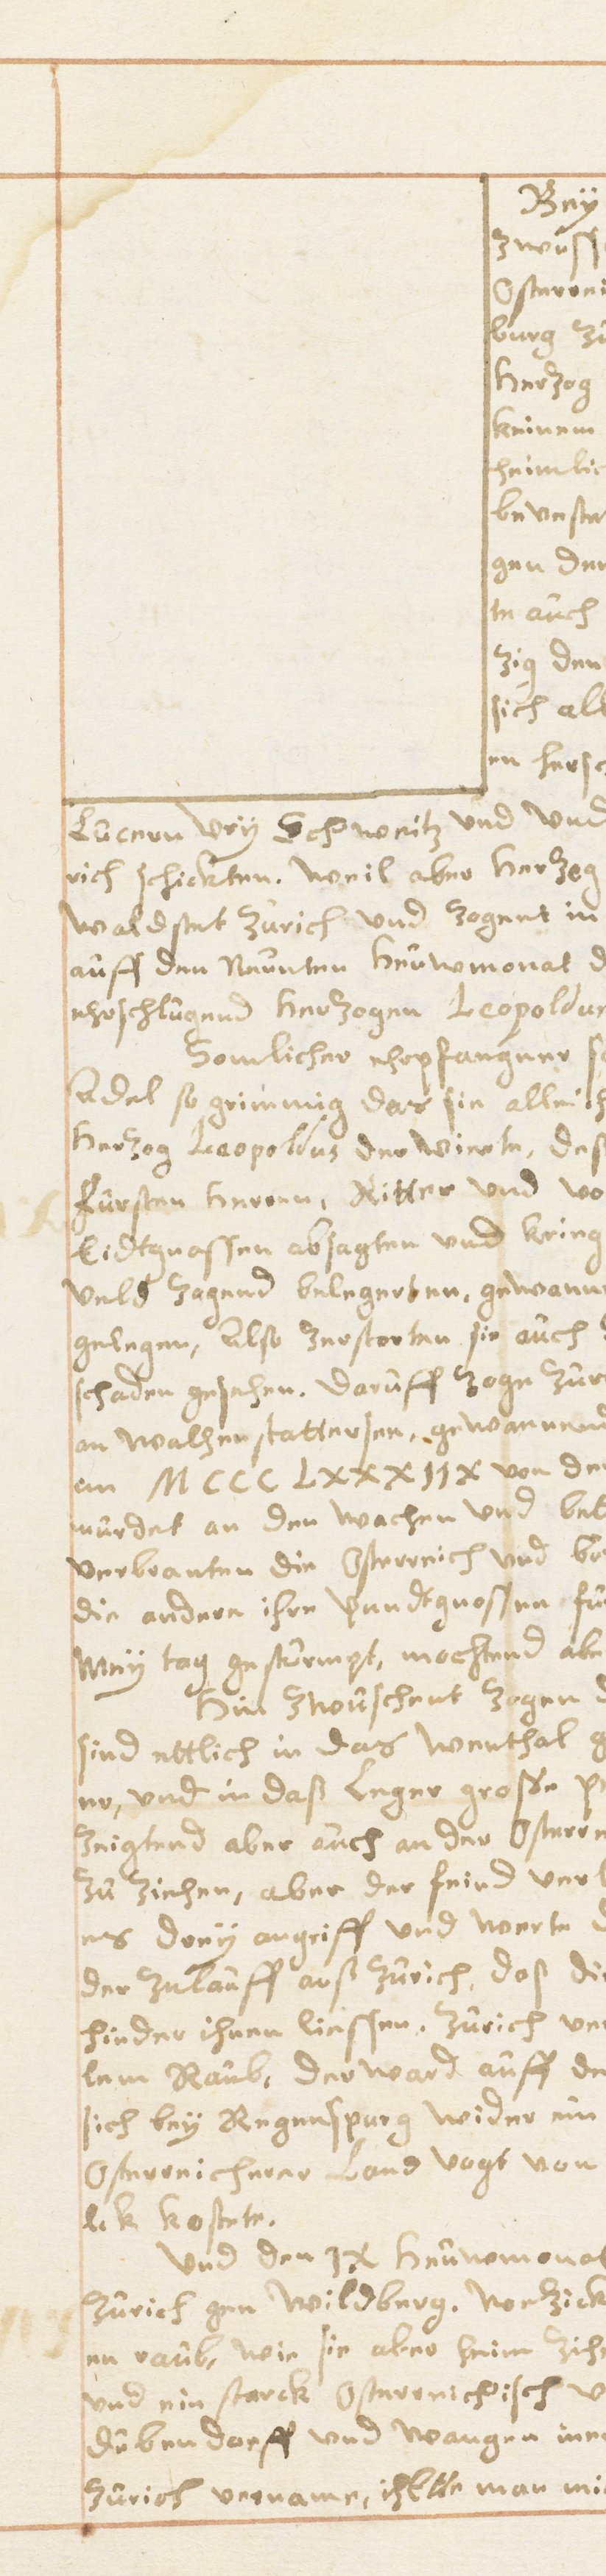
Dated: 1614–1638